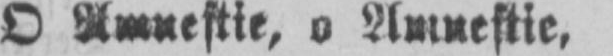
O Amnestie, o Amnestie,